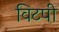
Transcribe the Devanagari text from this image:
विटपी